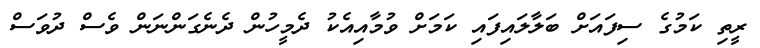
ރީތި ކަމުގެ ސިފައަށް ބަލާލައިފައި ކަމަށް ވުމާއިއެކު ދެމީހުން ދެނެގަންނަން ވެސް ދުވަސް